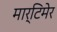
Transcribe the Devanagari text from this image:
मार्टिमेर